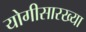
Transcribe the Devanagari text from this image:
योगीसारख्या